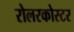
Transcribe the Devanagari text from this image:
रोलरकोस्टर